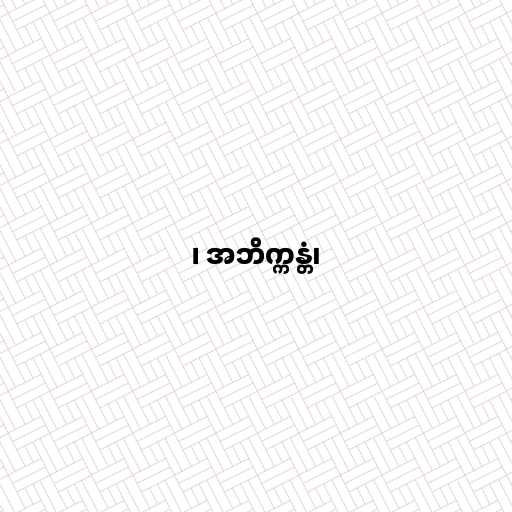
၊ အဘိက္ကန္တံ၊